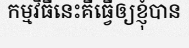
កម្មវិធីនេះគឺធ្វើឲ្យខ្ញុំបាន